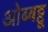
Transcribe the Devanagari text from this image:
ओब्बट्टू